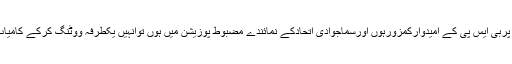
ہاں جن نشستوں پربی ایس پی کے امیدوارکمزورہوں اورسماجوادی اتحادکے نمائندے مضبوط پوزیشن میں ہوں توانہیں یکطرفہ ووٹنگ کرکے کامیاب بنادیناچاہئے ۔